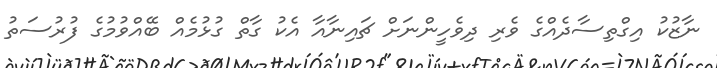
ނާޒުކު އިގްތިސާދެއްގެ ވެރި ދިވެހީންނަށް ޗައިނާއާ އެކު ގާތް ގުޅުމެއް ބޭއްވުމުގެ ފުރުސަތު